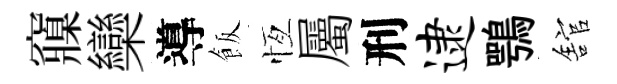
䆿欒導飯恆屬刑逮鶚舘